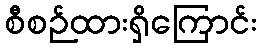
စီစဉ်ထားရှိကြောင်း